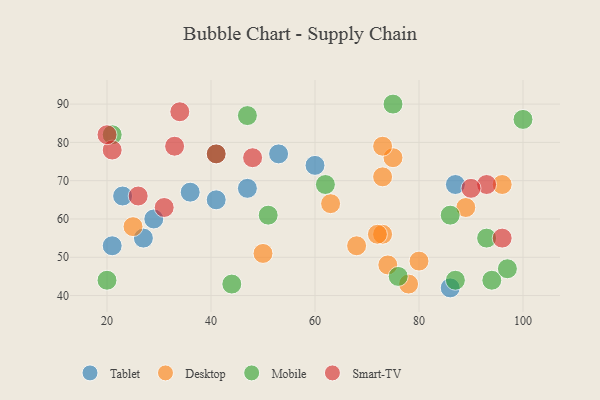
{"axis": {"x": "GDP", "y": "Life Expectancy"}, "legend": ["Desktop", "Mobile", "Smart-TV", "Tablet"], "data": [{"x": "60", "y": 74, "type": "Tablet"}, {"x": "86", "y": 42, "type": "Tablet"}, {"x": "53", "y": 77, "type": "Tablet"}, {"x": "21", "y": 53, "type": "Tablet"}, {"x": "27", "y": 55, "type": "Tablet"}, {"x": "87", "y": 69, "type": "Tablet"}, {"x": "23", "y": 66, "type": "Tablet"}, {"x": "47", "y": 68, "type": "Tablet"}, {"x": "29", "y": 60, "type": "Tablet"}, {"x": "36", "y": 67, "type": "Tablet"}, {"x": "41", "y": 65, "type": "Tablet"}, {"x": "68", "y": 53, "type": "Desktop"}, {"x": "63", "y": 64, "type": "Desktop"}, {"x": "25", "y": 58, "type": "Desktop"}, {"x": "75", "y": 76, "type": "Desktop"}, {"x": "80", "y": 49, "type": "Desktop"}, {"x": "73", "y": 79, "type": "Desktop"}, {"x": "73", "y": 71, "type": "Desktop"}, {"x": "73", "y": 56, "type": "Desktop"}, {"x": "72", "y": 56, "type": "Desktop"}, {"x": "74", "y": 48, "type": "Desktop"}, {"x": "78", "y": 43, "type": "Desktop"}, {"x": "96", "y": 69, "type": "Desktop"}, {"x": "50", "y": 51, "type": "Desktop"}, {"x": "89", "y": 63, "type": "Desktop"}, {"x": "47", "y": 87, "type": "Mobile"}, {"x": "20", "y": 44, "type": "Mobile"}, {"x": "76", "y": 45, "type": "Mobile"}, {"x": "100", "y": 86, "type": "Mobile"}, {"x": "86", "y": 61, "type": "Mobile"}, {"x": "41", "y": 77, "type": "Mobile"}, {"x": "75", "y": 90, "type": "Mobile"}, {"x": "62", "y": 69, "type": "Mobile"}, {"x": "94", "y": 44, "type": "Mobile"}, {"x": "44", "y": 43, "type": "Mobile"}, {"x": "97", "y": 47, "type": "Mobile"}, {"x": "51", "y": 61, "type": "Mobile"}, {"x": "93", "y": 55, "type": "Mobile"}, {"x": "87", "y": 44, "type": "Mobile"}, {"x": "21", "y": 82, "type": "Mobile"}, {"x": "48", "y": 76, "type": "Smart-TV"}, {"x": "96", "y": 55, "type": "Smart-TV"}, {"x": "93", "y": 69, "type": "Smart-TV"}, {"x": "26", "y": 66, "type": "Smart-TV"}, {"x": "90", "y": 68, "type": "Smart-TV"}, {"x": "31", "y": 63, "type": "Smart-TV"}, {"x": "33", "y": 79, "type": "Smart-TV"}, {"x": "34", "y": 88, "type": "Smart-TV"}, {"x": "41", "y": 77, "type": "Smart-TV"}, {"x": "21", "y": 78, "type": "Smart-TV"}, {"x": "20", "y": 82, "type": "Smart-TV"}]}